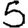
Digit: 5